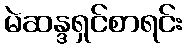
မဲဆန္ဒရှင်စာရင်း